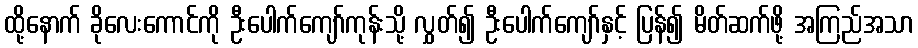
ထို့နောက် ခိုလေးကောင်ကို ဦးပေါက်ကျော်ကုန်းသို့ လွှတ်၍ ဦးပေါက်ကျော်နှင့် ပြန်၍ မိတ်ဆက်ဖို့ အကြည်အသာ